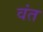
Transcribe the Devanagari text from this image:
वंत